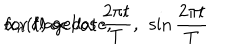
LaTeX: \alpha _ { n } ( t ) \propto \cos { \frac { 2 \pi t } { T } } , \ \sin { \frac { 2 \pi t } { T } } \hspace { 1 c m } \mathrm { f o r \ f l a g e l l a t e } ,